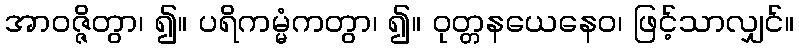
အာဝဇ္ဇိတွာ၊ ၍။ ပရိကမ္မံကတွာ၊ ၍။ ဝုတ္တနယေနေဝ၊ ဖြင့်သာလျှင်။